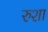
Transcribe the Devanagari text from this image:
रुशा